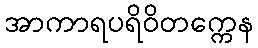
အာကာရပရိဝိတက္ကေန